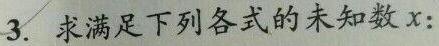
3. 求满足下列各式的未知数$x$: